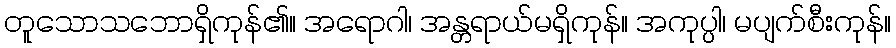
တူသောသဘောရှိကုန်၏။ အရောဂါ၊ အန္တရာယ်မရှိကုန်။ အကုပ္ပါ၊ မပျက်စီးကုန်။